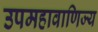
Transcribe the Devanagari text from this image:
उपमहावाणिज्य